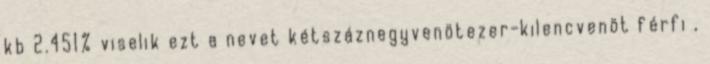
kb 2.451% viselik ezt a nevet kétszáznegyvenötezer-kilencvenöt férfi ,